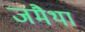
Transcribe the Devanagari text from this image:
जमैथा